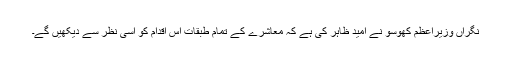
نگراں وزیراعظم کھوسو نے امید ظاہر کی ہے کہ معاشرے کے تمام طبقات اس اقدام کو اسی نظر سے دیکھیں گے۔